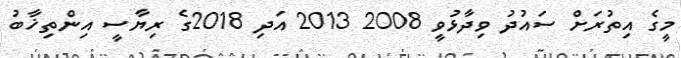
މީގެ އިތުރަށް ސައުދު ވިދާޅުވީ 2008 2013 އަދި 2018ގެ ރިޔާސީ އިންތިޚާބު